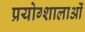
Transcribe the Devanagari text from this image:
प्रयोग्शालाओं